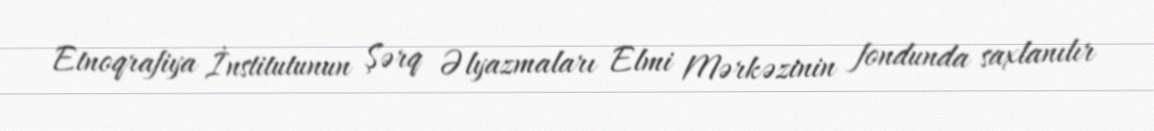
Etnoqrafiya İnstitutunun Şərq Əlyazmaları Elmi Mərkəzinin fondunda saxlanılır